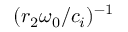
( r _ { 2 } \omega _ { 0 } / c _ { i } ) ^ { - 1 }